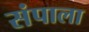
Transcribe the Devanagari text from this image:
संपाला